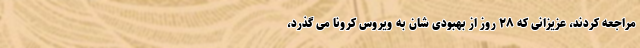
مراجعه کردند، عزیزانی که ۲۸ روز از بهبودی شان به ویروس کرونا می گذرد،